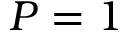
P = 1